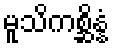
မူသိကစ္ဆိန္နံ